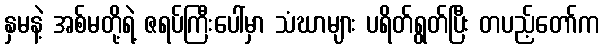
နှမနဲ့ အစ်မတို့ရဲ့ ဇရပ်ကြီးပေါ်မှာ သံဃာများ ပရိတ်ရွတ်ပြီး တပည့်တော်က